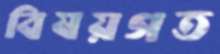
বিষয়গত